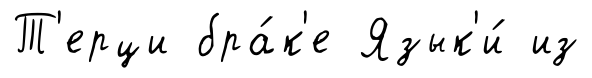
Т'ерци бра́к'е Язык'и́ из